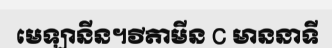
មេឡានីន។វីតាមីន C មាននាទី